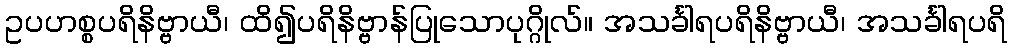
ဥပဟစ္စပရိနိဗ္ဗာယီ၊ ထိ၍ပရိနိဗ္ဗာန်ပြုသောပုဂ္ဂိုလ်။ အသင်္ခါရပရိနိဗ္ဗာယီ၊ အသင်္ခါရပရိ